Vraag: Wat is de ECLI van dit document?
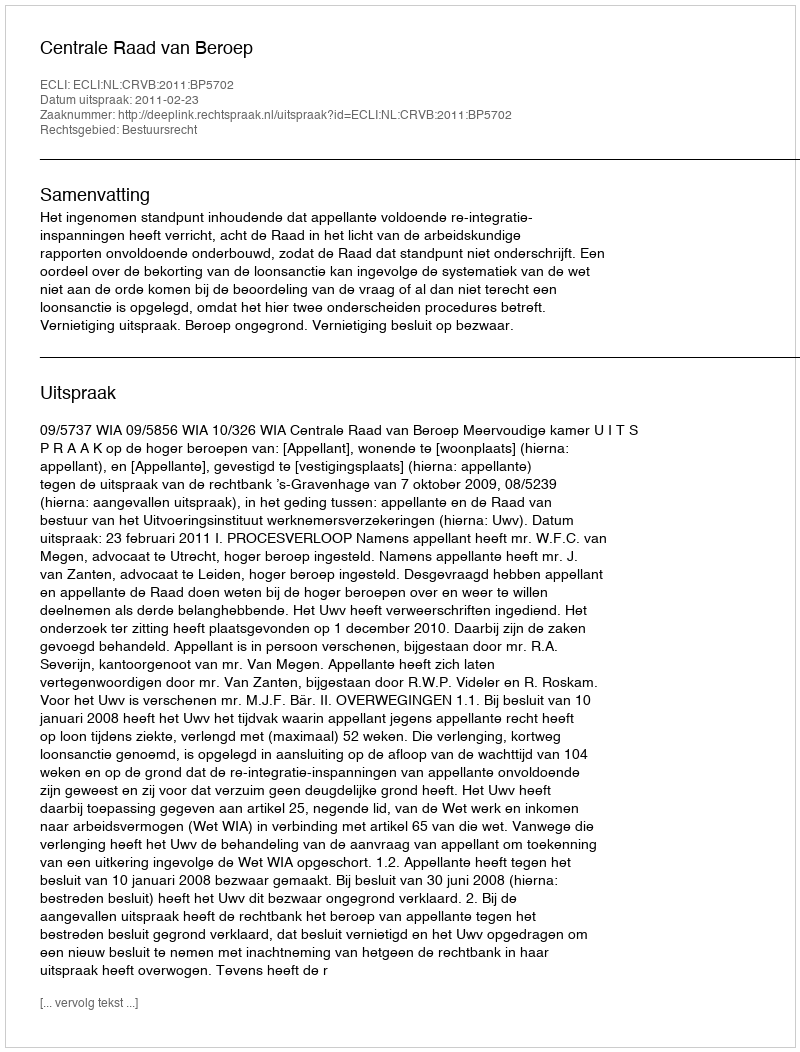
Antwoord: ECLI:NL:CRVB:2011:BP5702